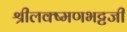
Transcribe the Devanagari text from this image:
श्रीलक्ष्मणभट्टजी